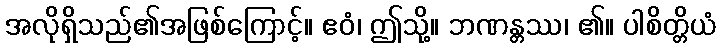
အလိုရှိသည်၏အဖြစ်ကြောင့်။ ဧဝံ၊ ဤသို့။ ဘဏန္တဿ၊ ၏။ ပါစိတ္တိယံ